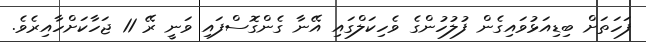
ފަހަތަށް ބިޑިއަޅުވައިގެން ފުލުހުންގެ ވެހިކަލްގައި އޭނާ ގެންގޮސްފައި ވަނީ ރޭ 11 ޖަހާކަށްހާއިރެވެ.